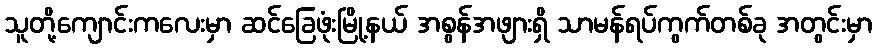
သူတို့ကျောင်းကလေးမှာ ဆင်ခြေဖုံးမြို့နယ် အစွန်အဖျားရှိ သာမန်ရပ်ကွက်တစ်ခု အတွင်းမှာ